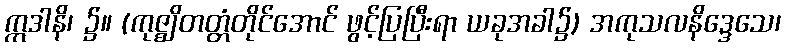
ဣဒါနိ၊ ၌။ (ကုဇ္ဈိတတ္တံတိုင်အောင် ဖွင့်ပြပြီးရာ ယခုအခါ၌) အကုသလနိဒ္ဒေသေ၊